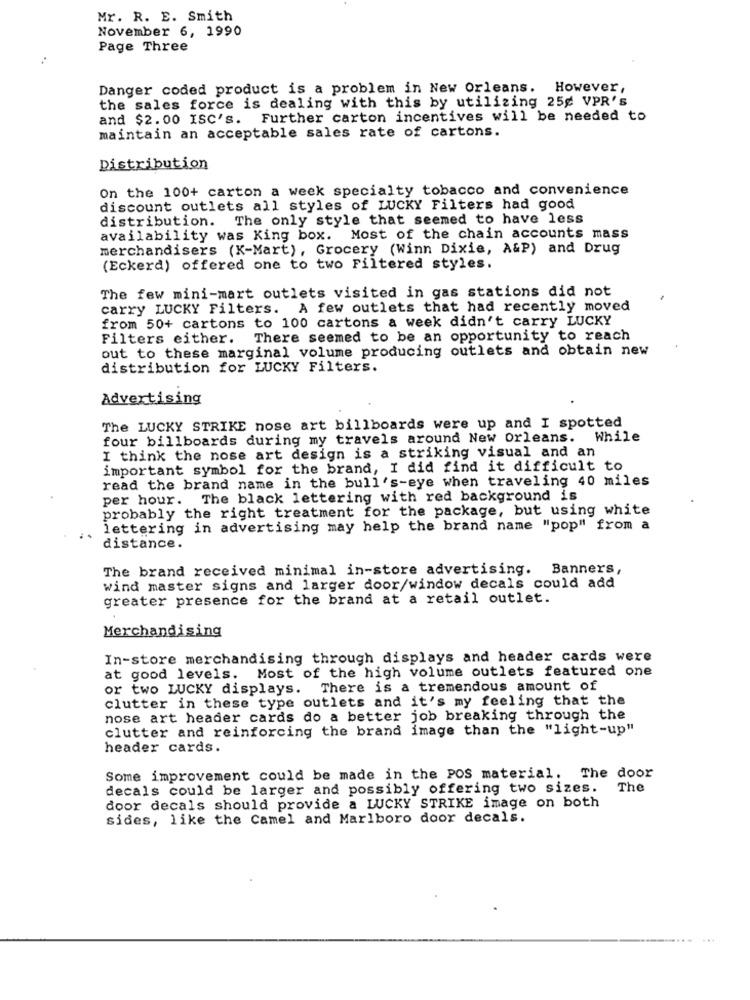
Mr. R. E. Smith
November 6, 1990
Page Three
Danger coded product is a problem in New Orleans. However,
the sales force is dealing with this by utilizing 25g VPR's
and $2.00 ISC's. Further carton incentives will be needed to
maintain an acceptable sales rate of cartons.
Distribution
On the 100+ carton a week specialty tobacco and convenience
discount outlets all styles of LUCKY Filters had good
distribution. The only style that seemed to have less
availability was King box. Most of the chain accounts mass
merchandisers (K-Mart), Grocery (Winn Dixie, A&P) and Drug
(Eckerd) offered one to two Filtered styles.
The few mini-mart outlets visited in gas stations did not
carry LUCKY Filters. A few outlets that had recently moved
from 50+ cartons to 100 cartons a week didn't carry LUCKY
Filters either. There seemed to be an opportunity to reach
out to these marginal volume producing outlets and obtain new
distribution for LUCKY Filters.
Advertising
The LUCKY STRIKE nose art billboards were up and I spotted
four billboards during my travels around New Orleans. While
I think the nose art design is a striking visual and an
important symbol for the brand, I did find it difficult to
read the brand name in the bull's-eye when traveling 40 miles
per hour. The black lettering with red background is
probably the right treatment for the package, but using white
lettering in advertising may help the brand name "pop" from a
distance.
The brand received minimal in-store advertising. Banners,
wind master signs and larger door/window decals could add
greater presence for the brand at a retail outlet.
Merchandising
In-store merchandising through displays and header cards were
at good levels. Most of the high volume outlets featured one
or two LUCKY displays. There is a tremendous amount of
clutter in these type outlets and it's my feeling that the
nose art header cards do a better job breaking through the
clutter and reinforcing the brand image than the "light-up"
header cards.
Some improvement could be made in the POS material, The door
decals could be larger and possibly offering two sizes.
The
door decals should provide a LUCKY STRIKE image on both
sides, like the Camel and Marlboro door decals.